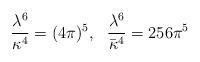
LaTeX: \begin{align*}\frac{\lambda^6}{\kappa^4} = (4\pi)^5,\ \ \frac{\lambda^6}{\bar{\kappa}^4} = 256 \pi^5\end{align*}